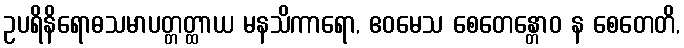
ဥပရိနိရောဓသမာပတ္တတ္ထာယ မနသိကာရော, ဧဝမေသ စေတေန္တောဝ န စေတေတိ,